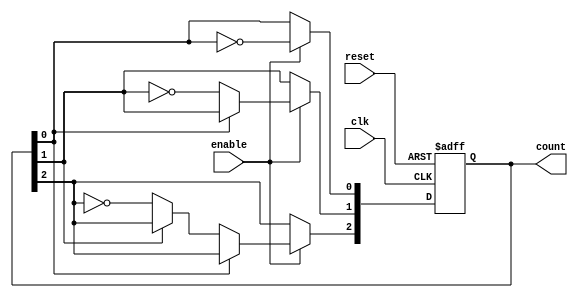
module async_ripple_counter (
    input wire clk,      // Clock signal (not used in this design)
    input wire reset,    // Asynchronous reset
    input wire enable,   // Enable signal
    output reg [2:0] count // 3-bit count output
);

// Asynchronous reset and counting logic
always @(posedge clk or posedge reset) begin
    if (reset) begin
        count <= 3'b000; // Reset count to 0
    end else if (enable) begin
        // Ripple counter logic
        count[0] <= ~count[0]; // Toggle LSB
        if (count[0] == 1'b0) begin // If LSB goes from 1 to 0
            count[1] <= ~count[1]; // Toggle next bit
            if (count[1] == 1'b0) begin // If second bit goes from 1 to 0
                count[2] <= ~count[2]; // Toggle MSB
            end
        end
    end
end

endmodule